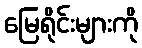
မြေရိုင်းများကို